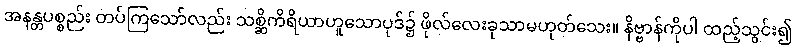
အနန္တပစ္စည်း တပ်ကြသော်လည်း သစ္ဆိကိရိယာဟူသောပုဒ်၌ ဖိုလ်လေးခုသာမဟုတ်သေး။ နိဗ္ဗာန်ကိုပါ ထည့်သွင်း၍